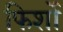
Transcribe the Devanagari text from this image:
फिर्शो